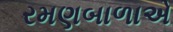
રમણબાળાએ